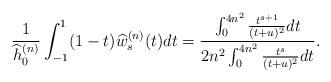
LaTeX: \begin{align*} \frac{1}{\widehat{h}_0^{(n)}} \int_{-1}^1(1 -t) \widehat{w}_s^{(n)}(t) d t = \frac{ \int_{0}^{4n^2} \frac{ t^{s + 1}}{ ( t + u)^2} dt}{2n^2 \int_{0}^{4n^2} \frac{ t^{s }}{ ( t + u)^2} dt }. \end{align*}